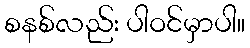
စနစ်လည်း ပါဝင်မှာပါ။